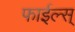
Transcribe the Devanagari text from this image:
फाईल्स्